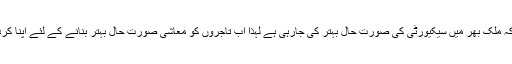
انہوں نے کہا ہے کہ ملک بھر میں سیکیورٹی کی صورت حال بہتر کی جارہی ہے لہذا اب تاجروں کو معاشی صورت حال بہتر بنانے کے لئے اپنا کردار ادا کرنا چاہئے۔